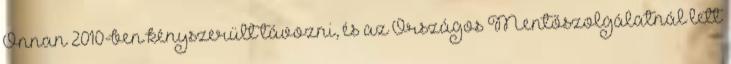
Onnan 2010-ben kényszerült távozni, és az Országos Mentőszolgálatnál lett